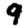
Digit: 9